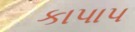
કાપાપ